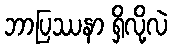
ဘာပြဿနာ ရှိလို့လဲ